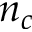
n _ { c }